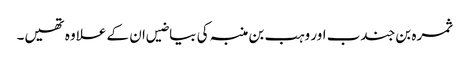
ثمرہ بن جندب اور وہب بن منبہ کی بیاضیں ان کے علاوہ تھیں۔